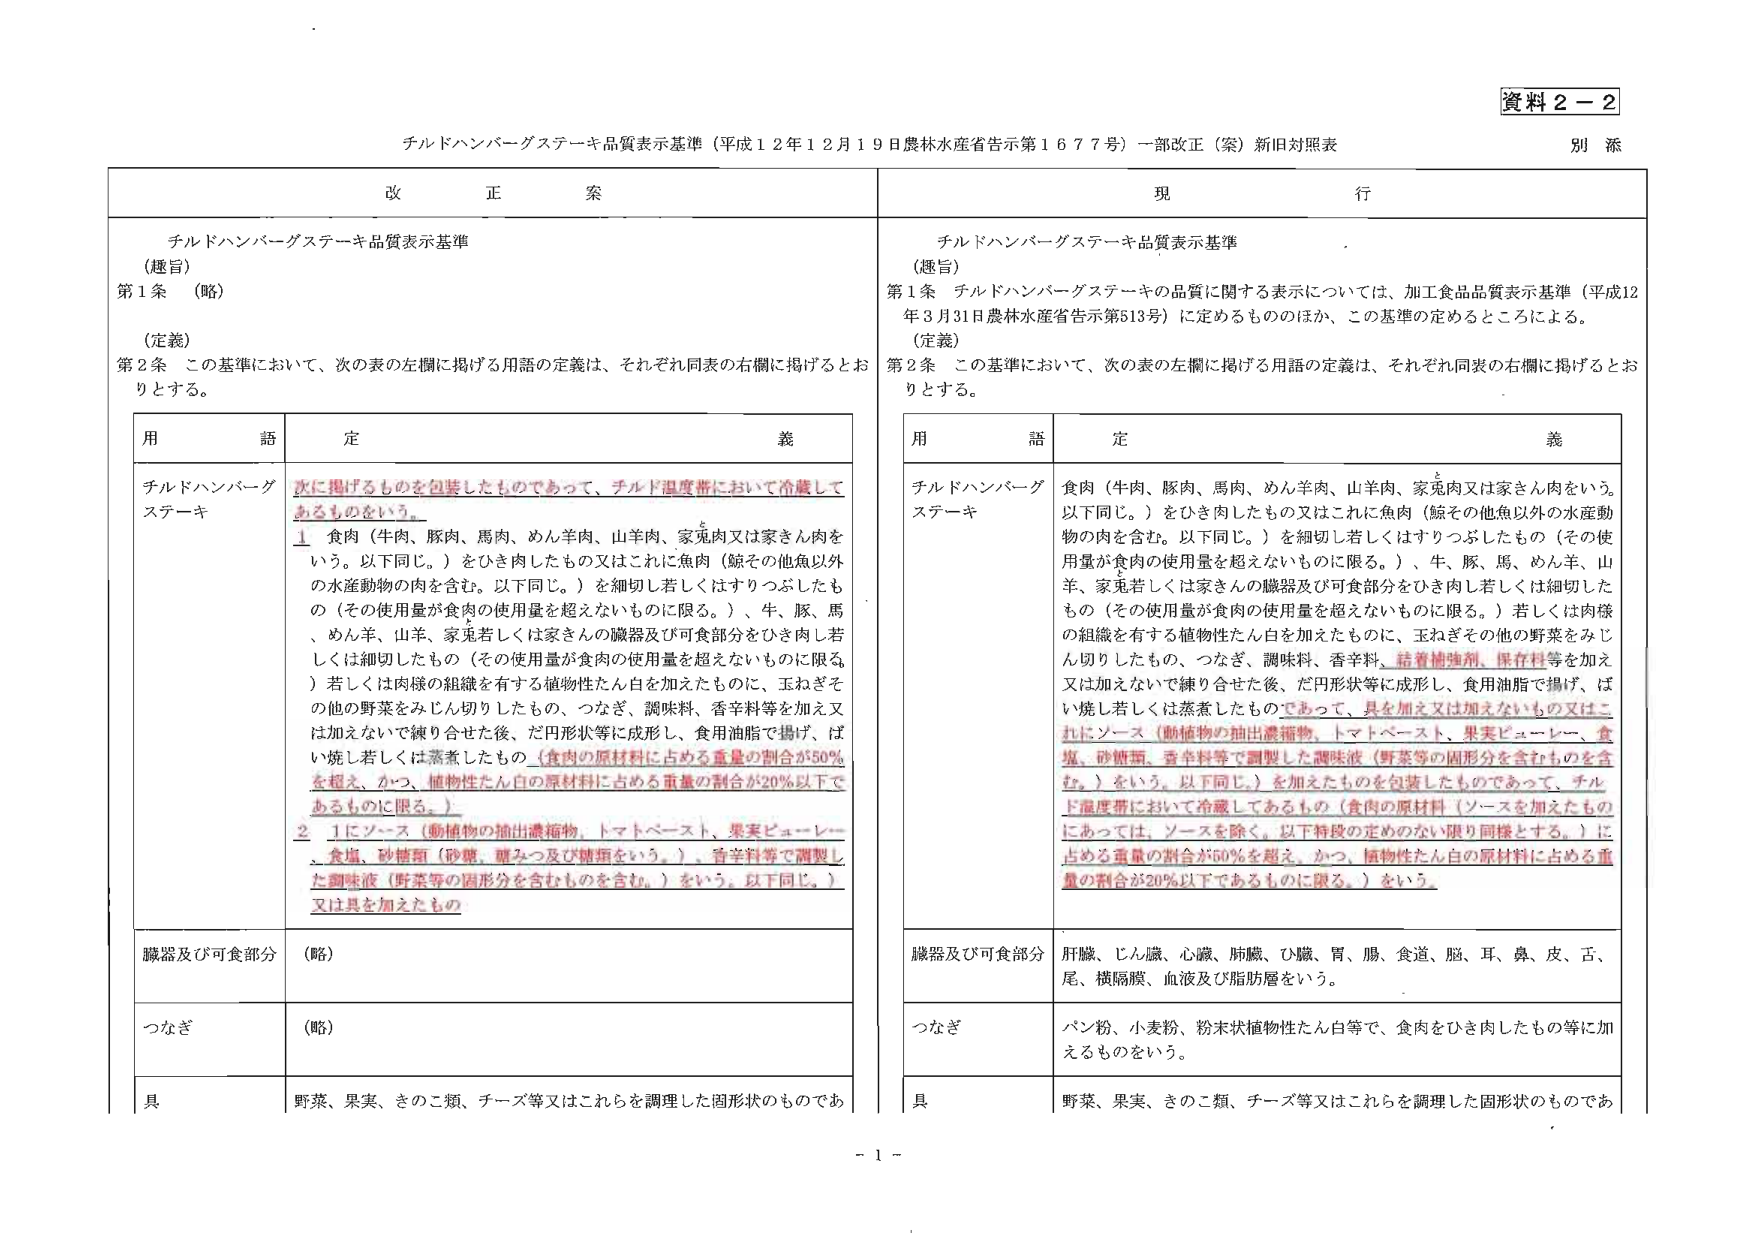
資料２－２

チルドハンバーグステーキ品質表示基準（平成１２年１２月１９日農林水産省告示第１６７７号）一部改正（案）新旧対照表
別 添

改 正 案

チルドハンバーグステーキ品質表示基準
（趣旨）
第１条 （略）

（定義）
第２条 この基準において、次の表の左欄に掲げる用語の定義は、それぞれ同表の右欄に掲げるとおりとする。

用 語